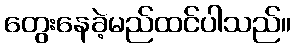
တွေးနေခဲ့မည်ထင်ပါသည်။